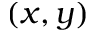
( x , y )